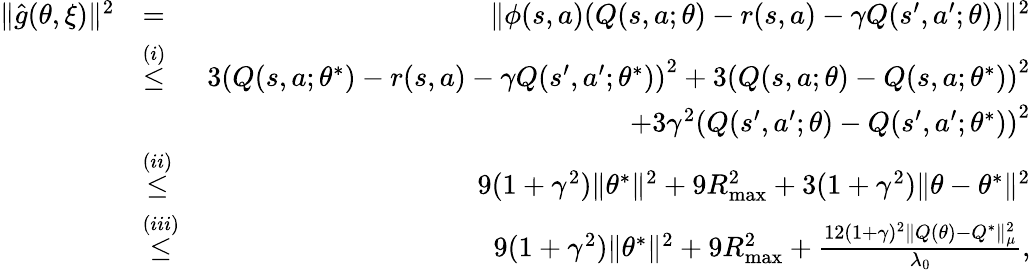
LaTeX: \begin{array}{rlr}{\| \hat{g}(\theta,\xi)\| ^{2}}&{=}&{\| \phi(s,a)(Q(s,a;\theta)-r(s,a)-\gamma Q(s^{\prime},a^{\prime};\theta))\| ^{2}}\\ &{\overset{(i)}{\leq}}&{3\left(Q(s,a;\theta^{*})-r(s,a)-\gamma Q(s^{\prime},a^{\prime};\theta^{*})\right)^{2}+3\left(Q(s,a;\theta)-Q(s,a;\theta^{*})\right)^{2}}\\ &{}&{+3\gamma^{2}\left(Q(s^{\prime},a^{\prime};\theta)-Q(s^{\prime},a^{\prime};\theta^{*})\right)^{2}}\\ &{\overset{(ii)}{\leq}}&{9(1+\gamma^{2})\| \theta^{*}\| ^{2}+9R_{\operatorname*{max}}^{2}+3(1+\gamma^{2})\| \theta-\theta^{*}\| ^{2}}\\ &{\overset{(iii)}{\leq}}&{9(1+\gamma^{2})\| \theta^{*}\| ^{2}+9R_{\operatorname*{max}}^{2}+\frac{12(1+\gamma)^{2}\| Q(\theta)-Q^{*}\| _{\mu}^{2}}{\lambda_{0}},}\end{array}